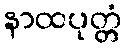
နာထပုတ္တံ